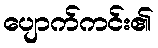
ပျောက်ကင်း၏